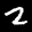
Label: 2